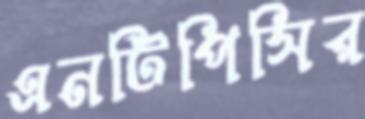
এনটিপিসির